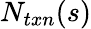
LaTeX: N_{txn}(s)